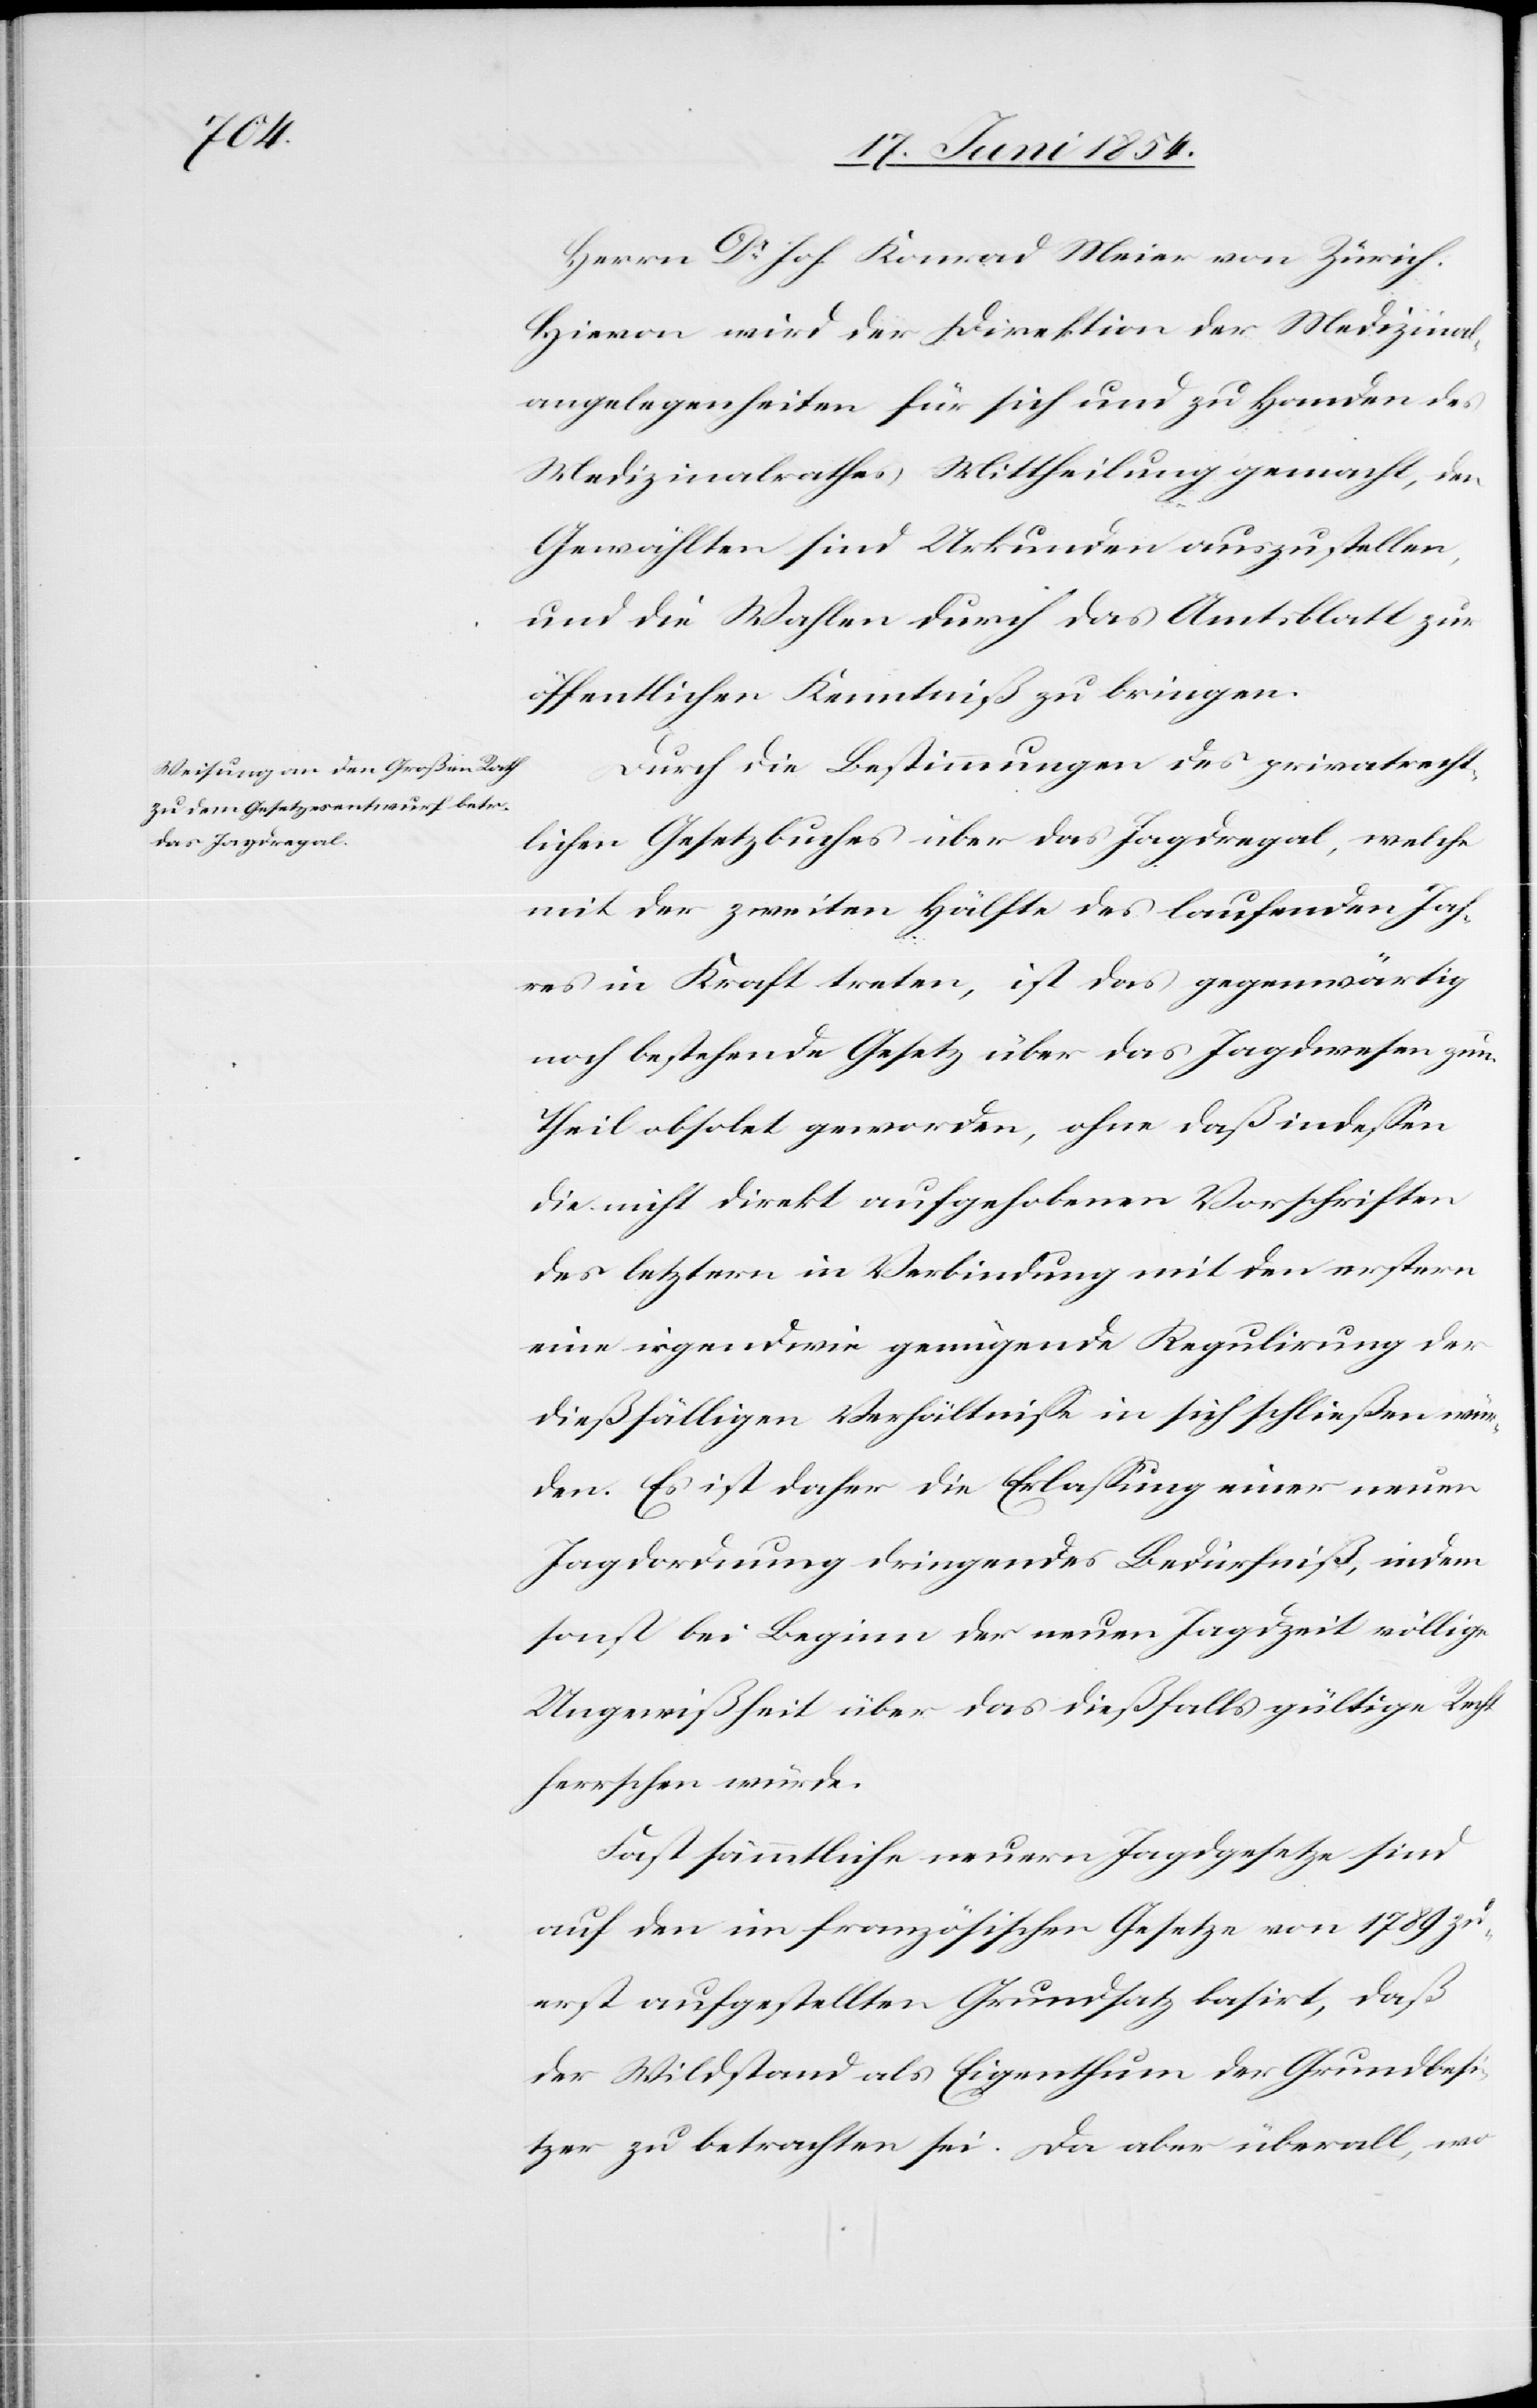
Dr Joh. Konrad Meier von Zürich.
Hievon wird der Direktion der Medizinal¬
angelegenheiten für sich und zu Handen des
Medizinalrathes Mittheilung gemacht, den
Gewählten sind Urkunden auszustellen,
und die Wahlen durch das Amtsblatt zur
öffentlichen Kenntniß zu bringen.
Durch die Bestimmungen des privatrecht¬
lichen Gesetzbuches über das Jagdregal, welche
mit der zweiten Hälfte des laufenden Jah¬
res in Kraft treten, ist das gegenwärtig
noch bestehende Gesetz über das Jagdwesen zum
Theil obsolet geworden, ohne daß indeßen
die nicht direkt aufgehobenen Vorschriften
des letztern in Verbindung mit den erstern
eine irgendwie genügende Regulirung der
dießfälligen Verhältniße in sich schließen wür¬
den. Es ist daher die Erlaßung einer neuen
Jagdordnung dringendes Bedürfniß, indem
sonst bei Beginn der neuen Jagdzeit völlige
Ungewißheit über das dießfalls gültige Recht
herrschen würde.
Fast sämmtliche neuern Jagdgesetze sind
auf den im französischen Gesetze von 1789 zu¬
erst aufgestellten Grundsatz basirt, daß
der Wildstand als Eigenthum der Grundbesi¬
tzer zu betrachten sei. Da aber überall, wo